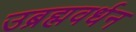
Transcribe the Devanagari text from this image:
उब्रह्मवर्धन